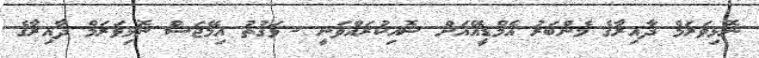
ނޮޅިވަރަމް ދާއިރާގެ މެންބަރު އެމްޑީއޭއަށް ސޮއިކުރައްވަނީ - ވަގުތު އިމޭޖަސް ނޮޅިވަރަމް ދާއިރާގެ